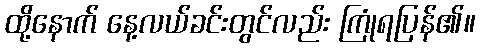
ထို့နောက် နေ့လယ်ခင်းတွင်လည်း ကြုံရပြန်၏။